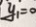
y _ { 1 } = 0